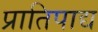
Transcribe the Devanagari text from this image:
प्रातिपाद्य